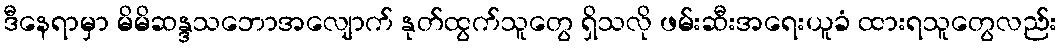
ဒီနေရာမှာ မိမိဆန္ဒသဘောအလျောက် နုတ်ထွက်သူတွေ ရှိသလို ဖမ်းဆီးအရေးယူခံ ထားရသူတွေလည်း